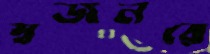
স্বজনরে